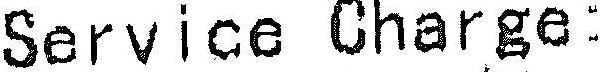
SERVICE CHARGE: